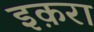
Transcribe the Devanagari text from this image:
इक़रा